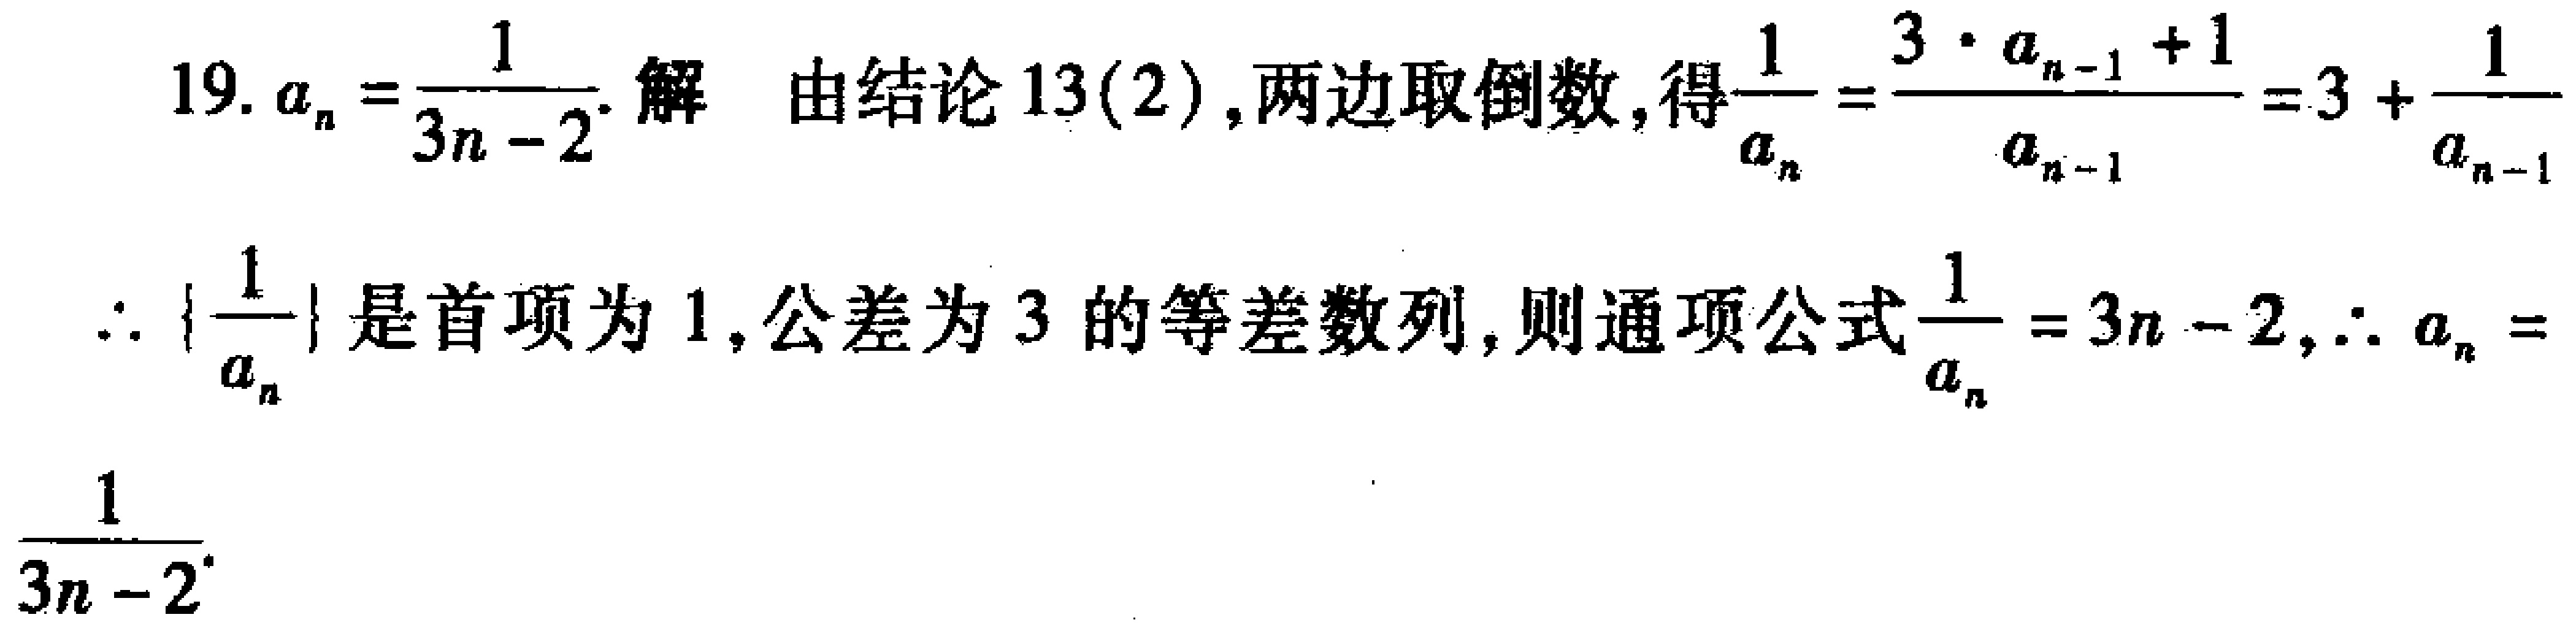
19. \(a_{n}=\frac{1}{3n - 2}\). 解 由结论13(2),两边取倒数,得\(\frac{1}{a_{n}}=\frac{3\cdot a_{n - 1}+1}{a_{n - 1}}=3+\frac{1}{a_{n - 1}}\)

\(\therefore \left\{\frac{1}{a_{n}}\right\}\)是首项为1,公差为3的等差数列,则通项公式\(\frac{1}{a_{n}}=3n - 2,\therefore a_{n}=\frac{1}{3n - 2}\).